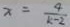
x = \frac { 4 } { k - 2 }